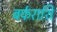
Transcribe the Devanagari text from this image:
बर्फराशि